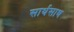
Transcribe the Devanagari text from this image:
सार्थसाथ